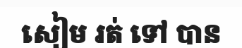
សៀម រត់ ទៅ បាន